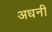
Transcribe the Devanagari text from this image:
अधनी